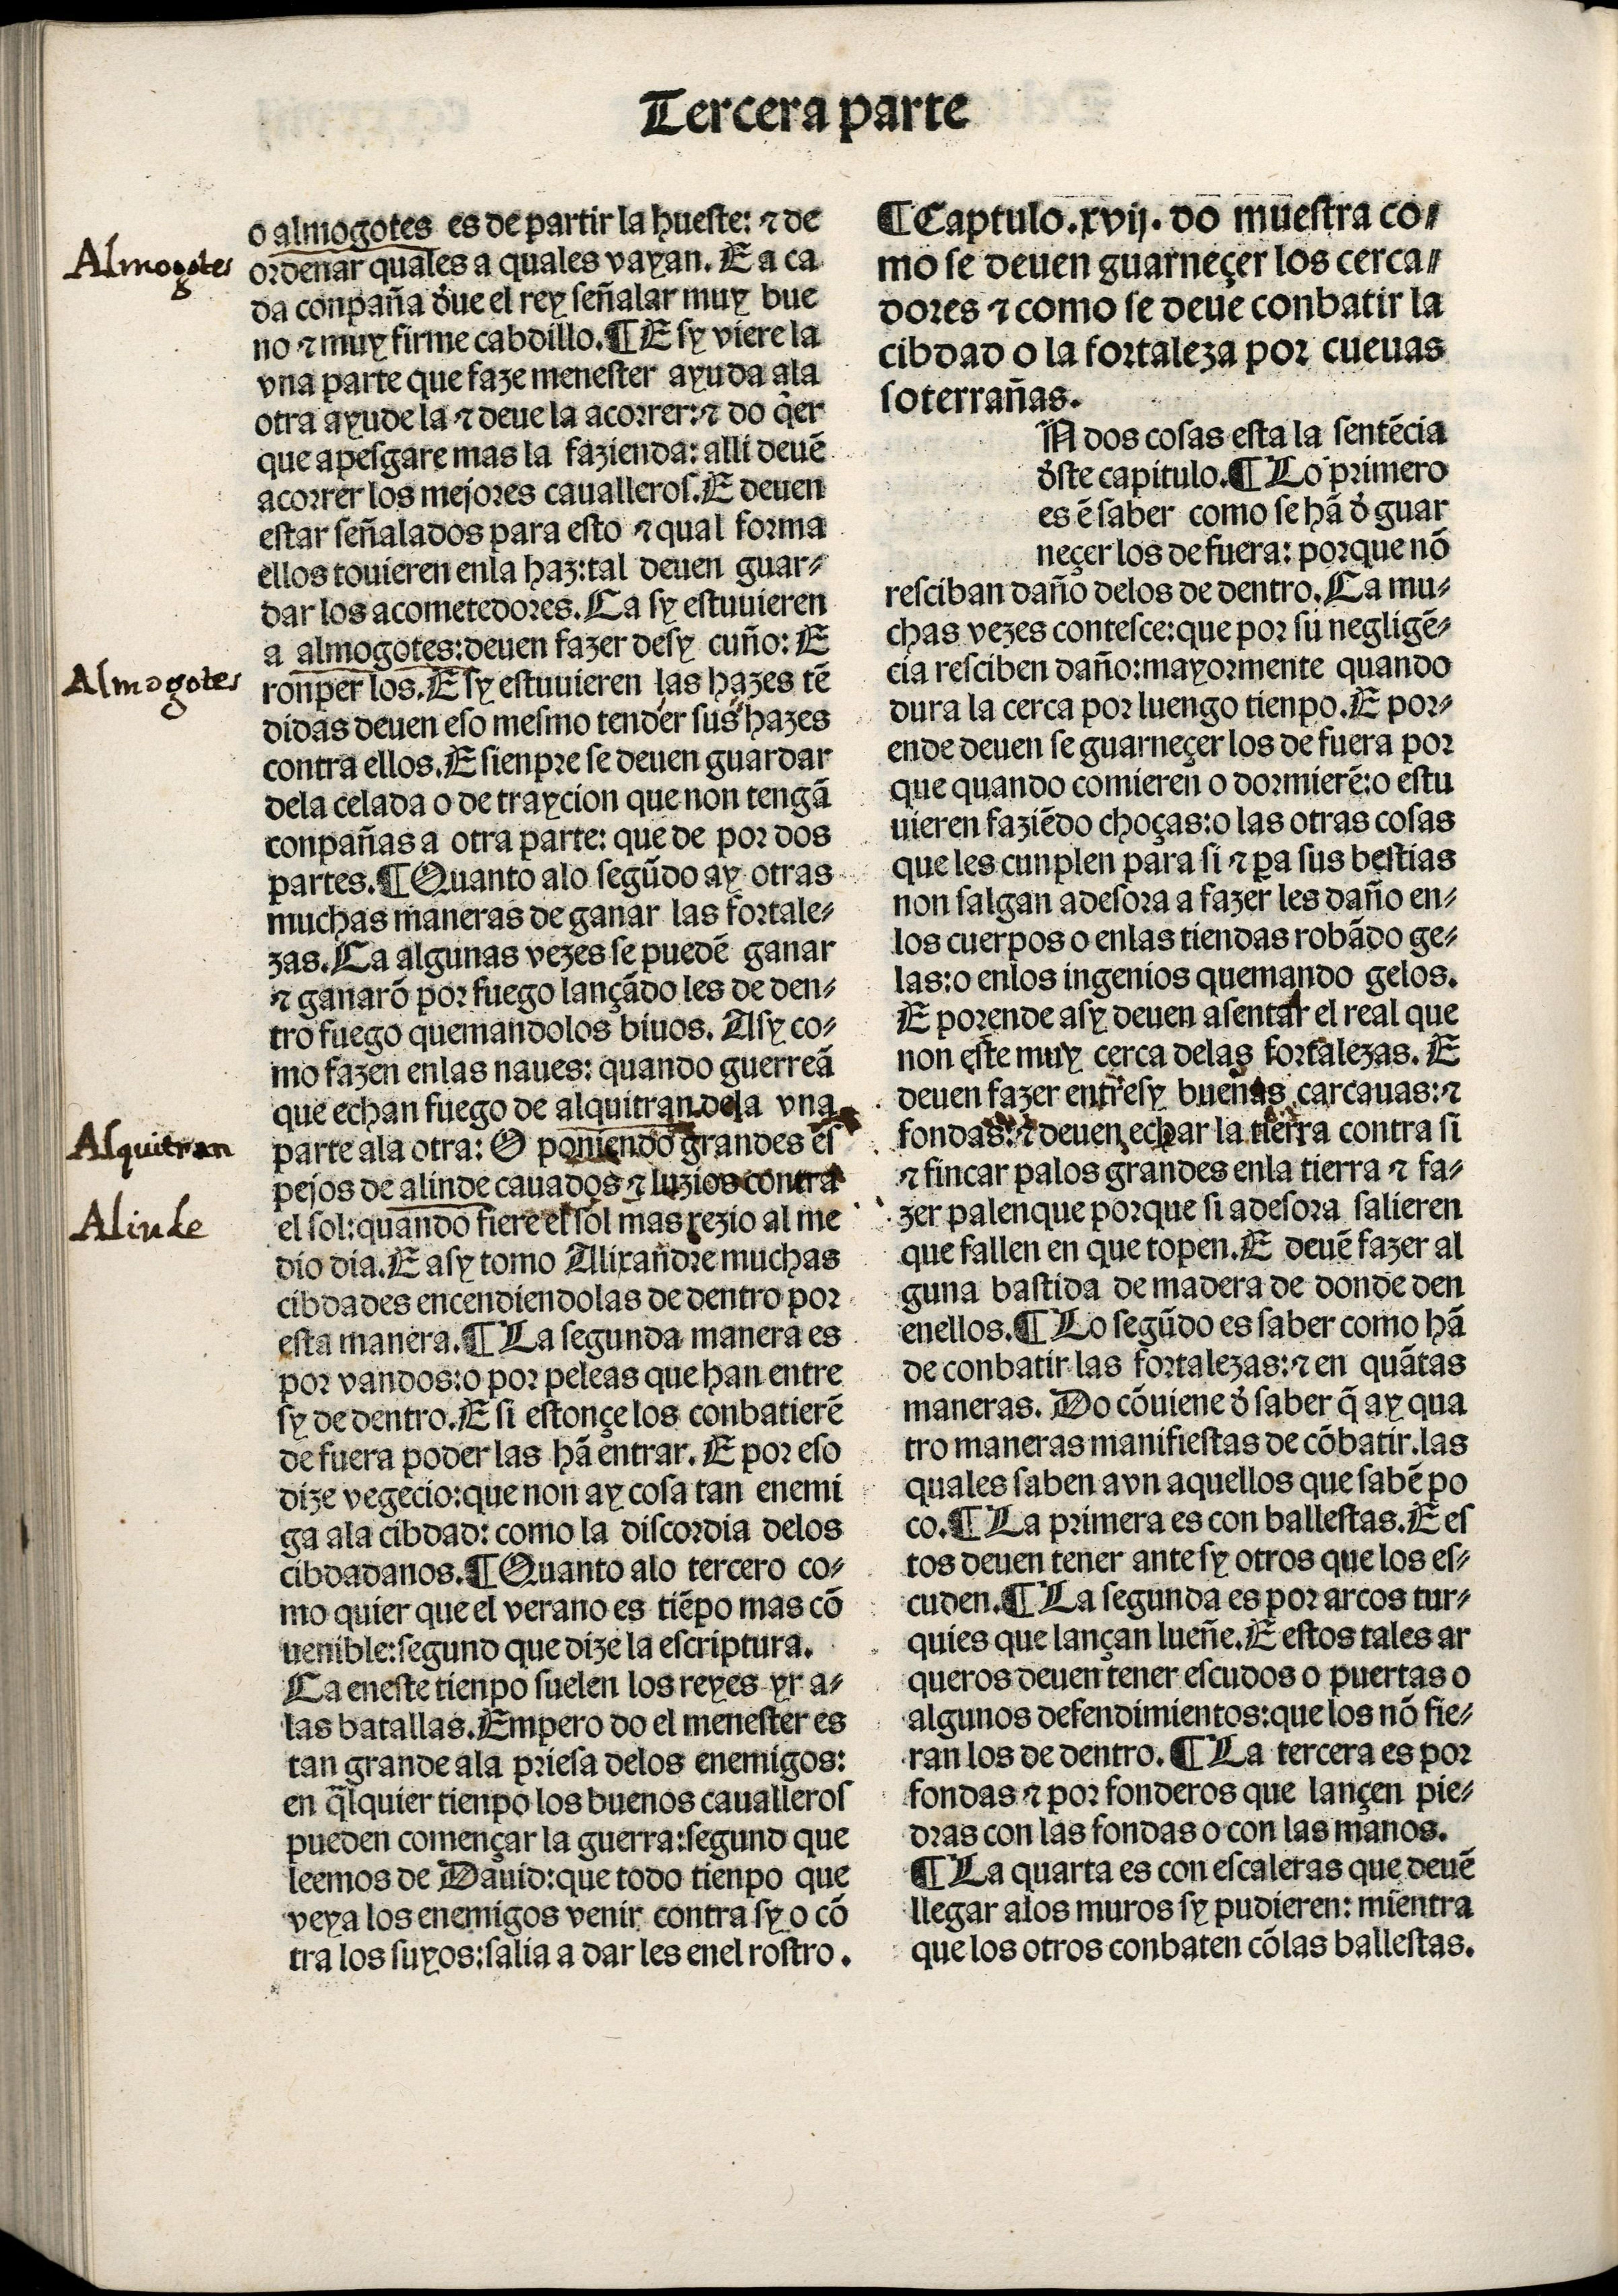
Shelfmark: Madrid, BNE, Inc. 901
Century: 15